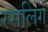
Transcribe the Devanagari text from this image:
रसलिंग